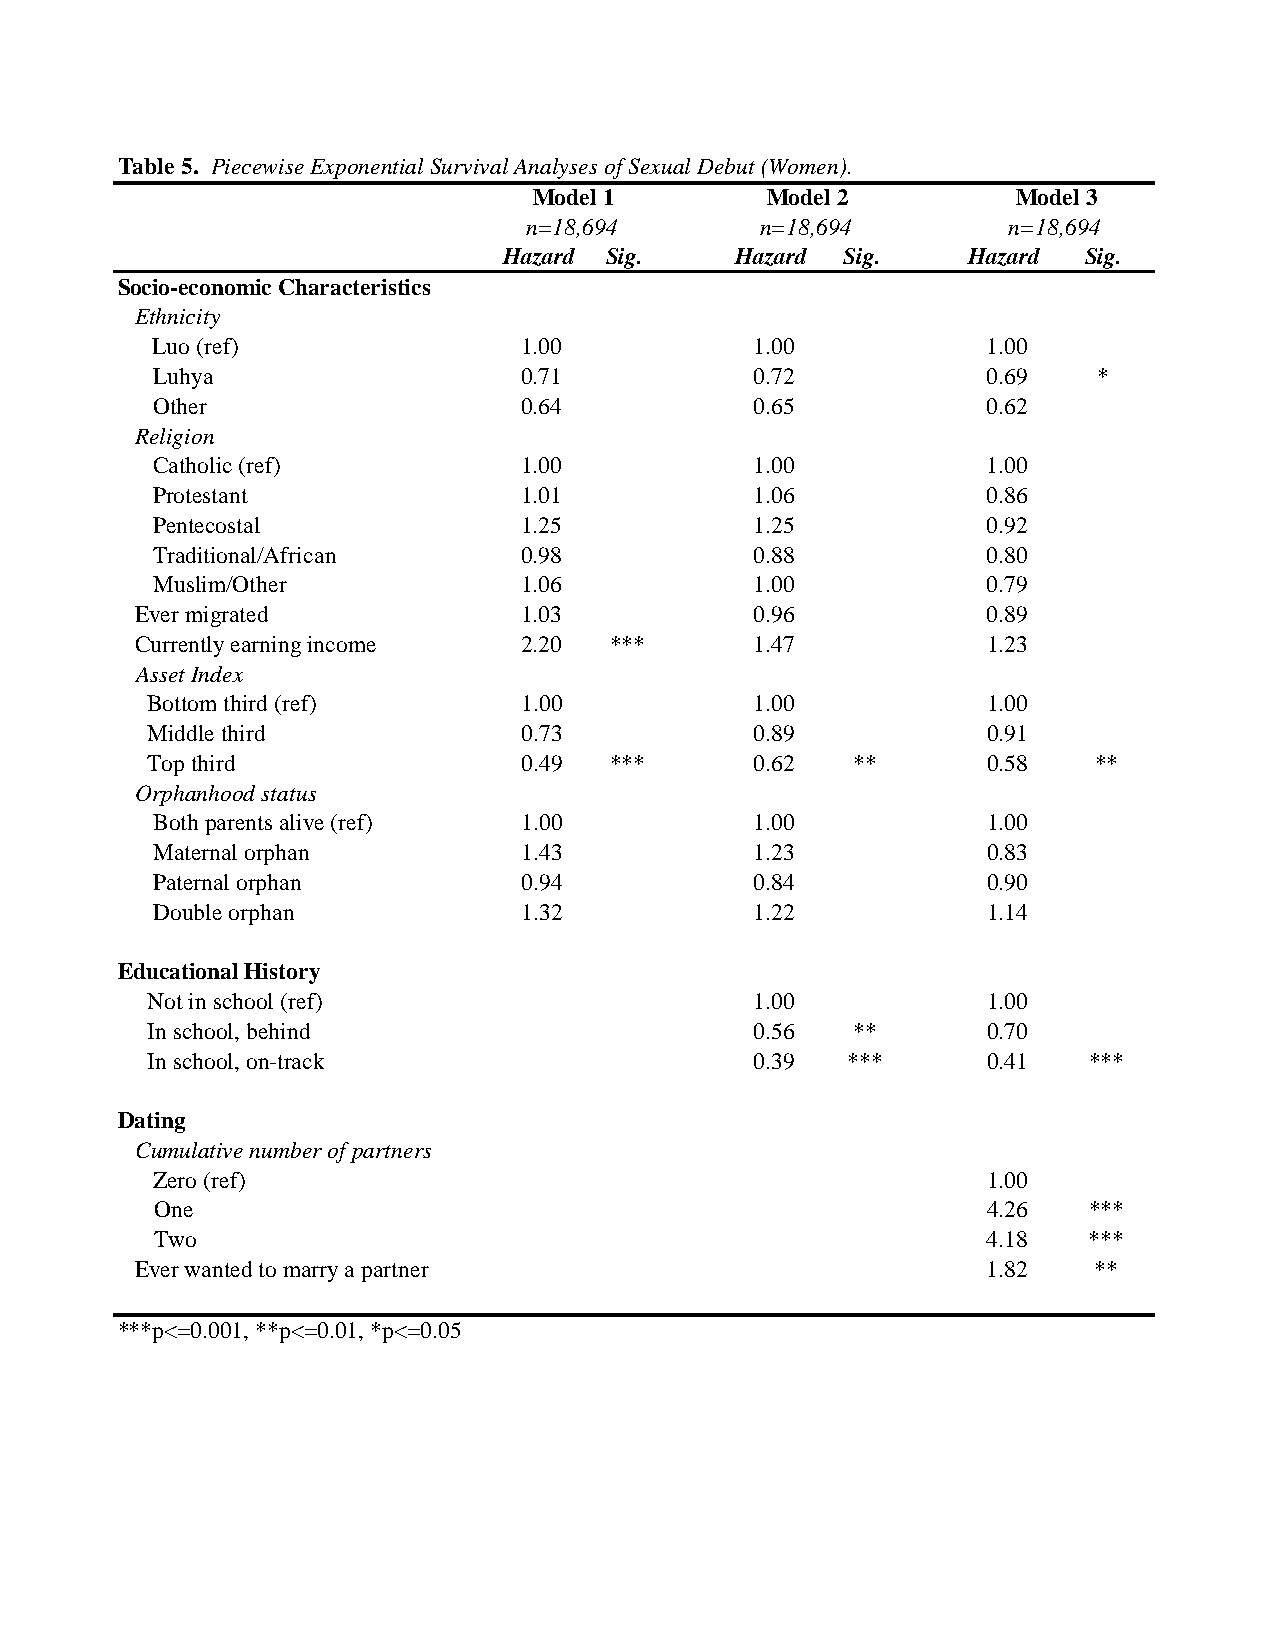
Table 5. Piecewise Exponential Survival Analyses of Sexual Debut (Women).
 Model 1        Model 2          Model 3
 n=18,694        n=18,694        n=18,694
 Hazard Sig.    Hazard Sig.     Hazard Sig.
 Socio-economic Characteristics
 Ethnicity
 Luo (ref)               1.00           1.00            1.00
 Luhya                   0.71           0.72            0.69   *
 Other                   0.64           0.65            0.62
 Religion
 Catholic (ref)          1.00           1.00            1.00
 Protestant              1.01           1.06            0.86
 Pentecostal             1.25           1.25            0.92
 Traditional/African     0.98           0.88            0.80
 Muslim/Other            1.06           1.00            0.79
 Ever migrated            1.03           0.96            0.89
 Currently earning income 2.20  ***      1.47            1.23
 Asset Index
 Bottom third (ref)       1.00           1.00            1.00
 Middle third             0.73           0.89            0.91
 Top third                0.49  ***      0.62   **       0.58   **
 Orphanhood status
 Both parents alive (ref) 1.00          1.00            1.00
 Maternal orphan         1.43           1.23            0.83
 Paternal orphan         0.94           0.84            0.90
 Double orphan           1.32           1.22            1.14
 Educational History
 Not in school (ref)                     1.00            1.00
 In school, behind                       0.56   **       0.70
 In school, on-track                     0.39   ***      0.41   ***
 Dating
 Cumulative number of partners
 Zero (ref)                                             1.00
 One                                                    4.26   ***
 Two                                                    4.18   ***
 Ever wanted to marry a partner                          1.82   **
 ***p<=0.001, **p<=0.01, *p<=0.05